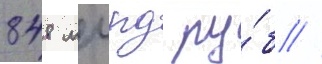
848 млрд ру́б //